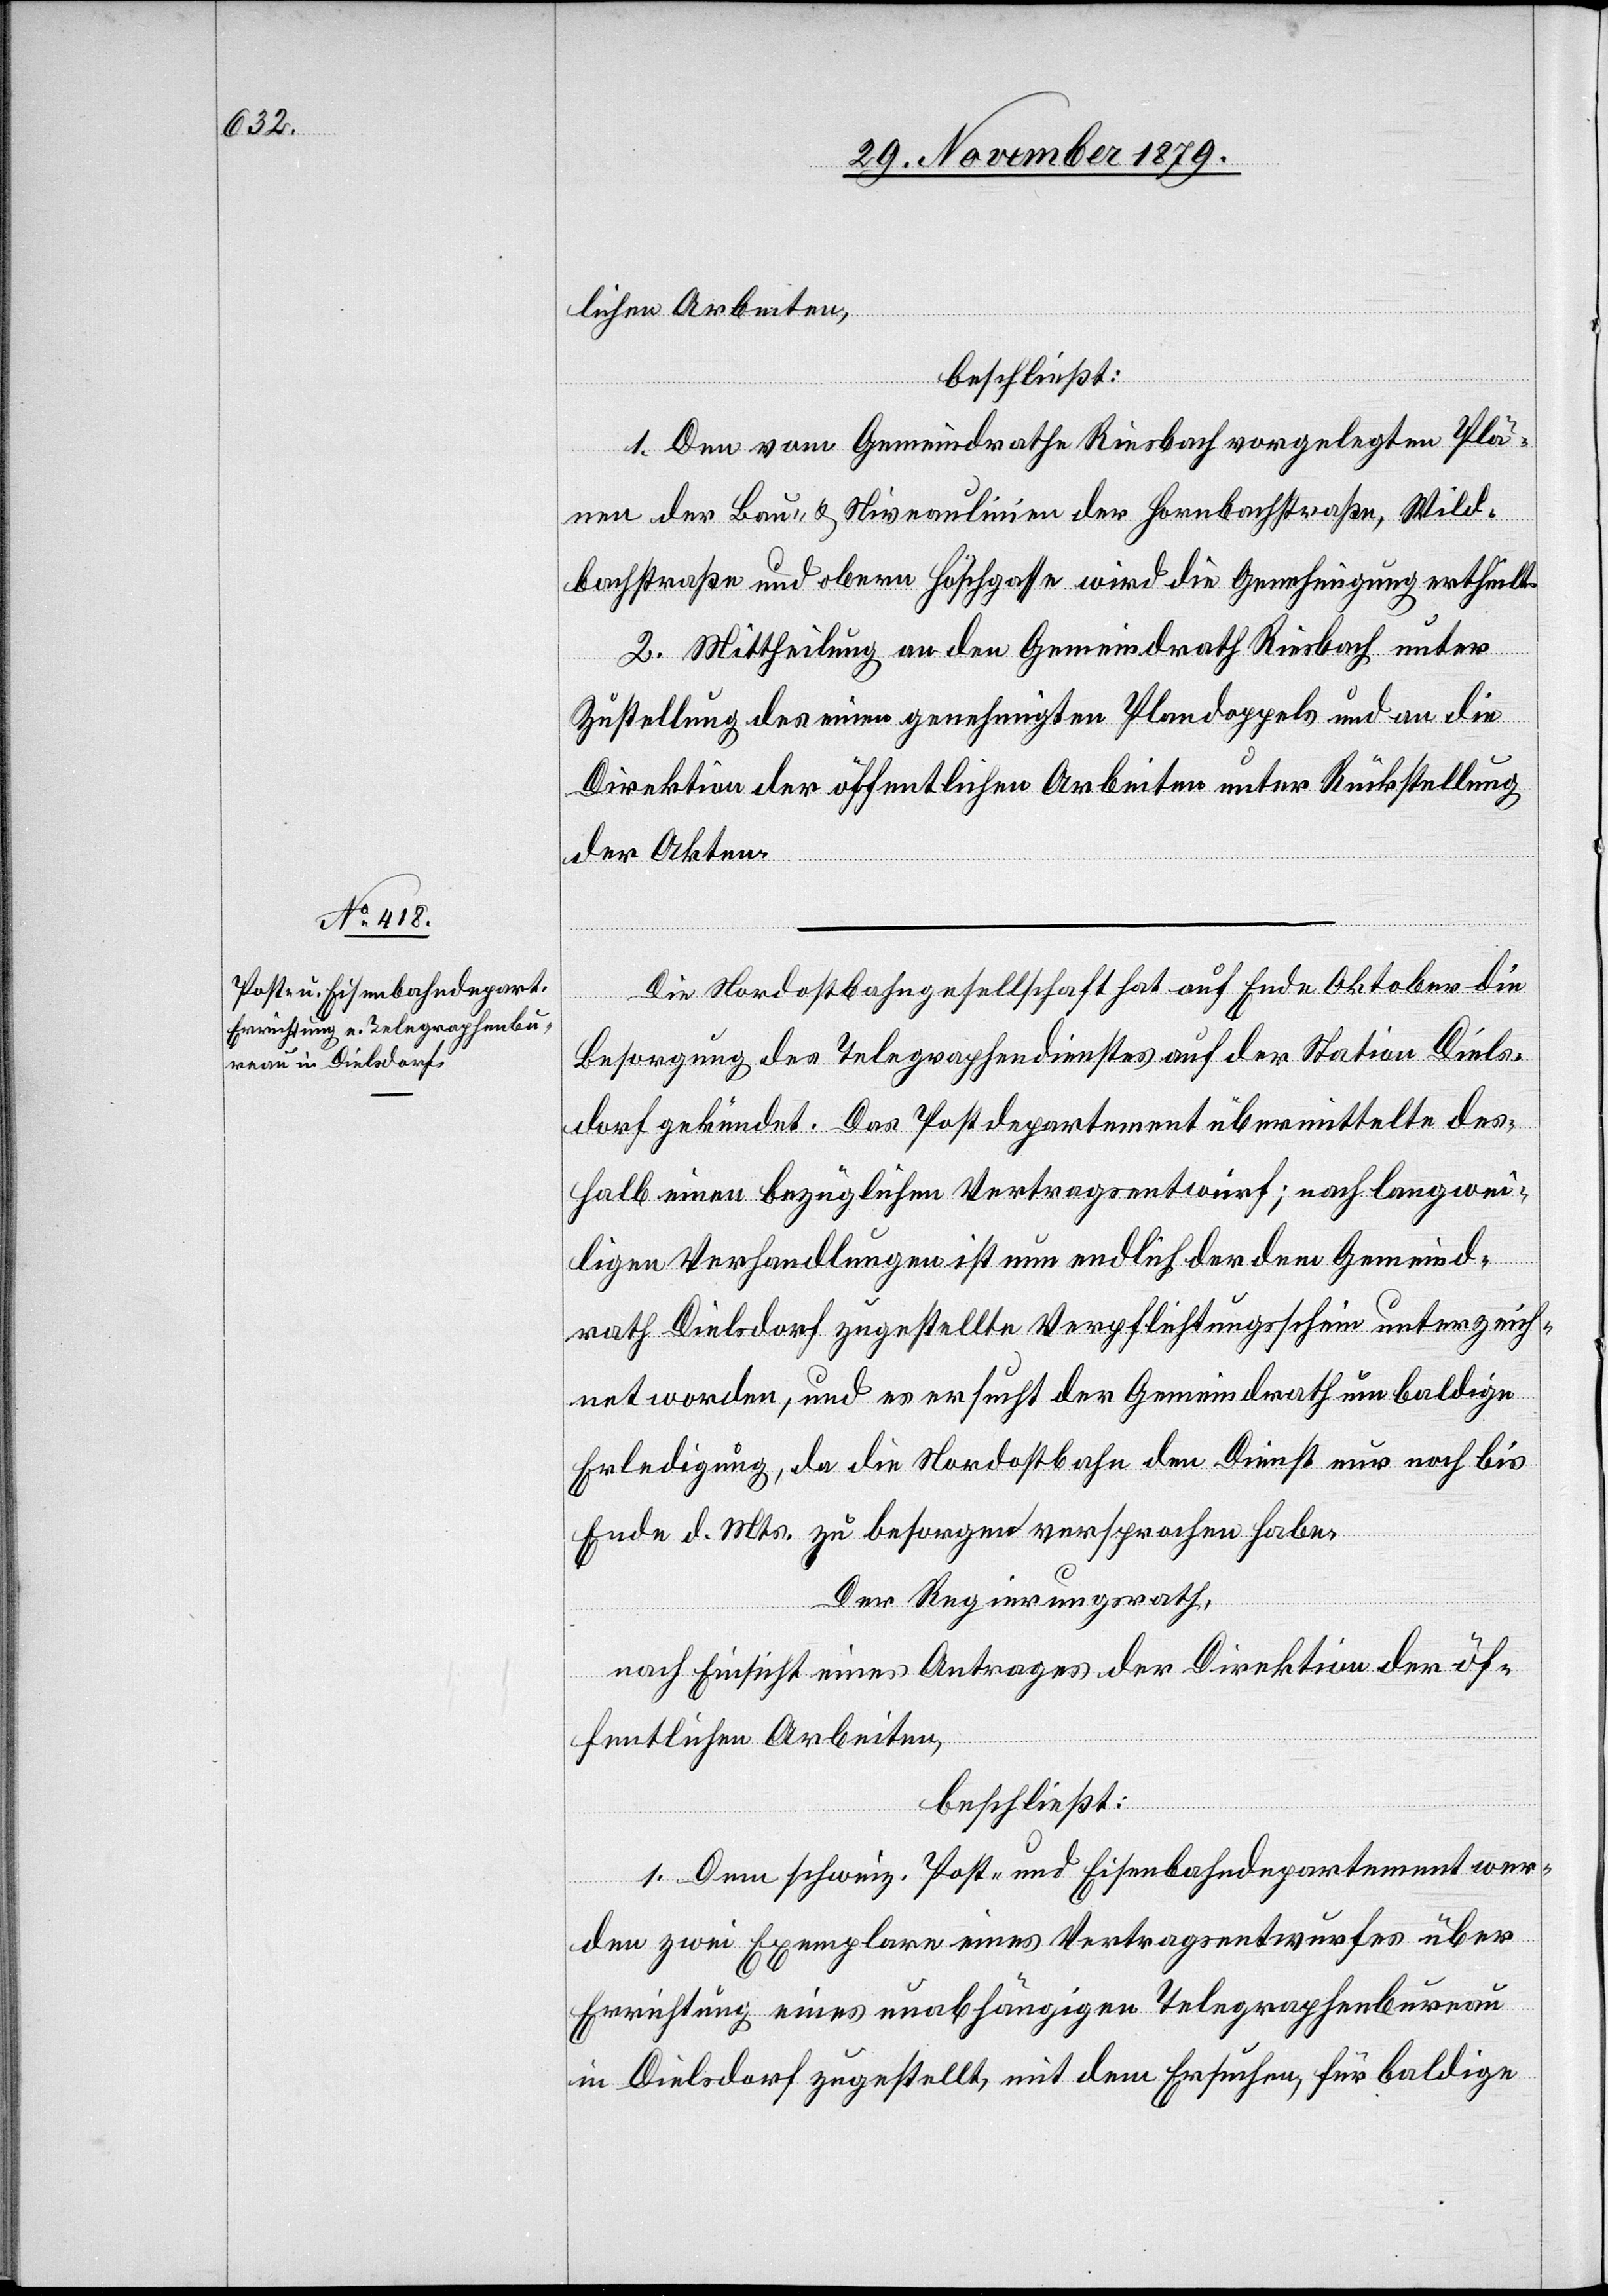
lichen Arbeiten,
beschließt:
1. Den vom Gemeindrathe Riesbach vorgelegten Plä¬
nen der Bau- & Niveaulinien der Hornbachstraße, Wild¬
bachstraße und obern Höschgasse wird die Genehmigung ertheilt.
2. Mittheilung an den Gemeindrath Riesbach unter
Zustellung des einen genehmigten Plandoppels und an die
Direktion der öffentlichen Arbeiten unter Rückstellung
der Akten.
Die Nordostbahngesellschaft hat auf Ende Oktober die
Besorgung des Telegraphendienstes auf der Station Diels¬
dorf gekündet. Das Postdepartement übermittelte des¬
halb einen bezüglichen Vertragsentwurf; nach langwei¬
ligen Verhandlungen ist nun endlich der den Gemeind¬
rath Dielsdorf zugestellte Verpflichtungsschein unterzeich¬
net worden, und es ersucht der Gemeindrath um baldige
Erledigung, da die Nordostbahn den Dienst nur noch bis
Ende d. Mts. zu besorgen versprochen habe.
Der Regierungsrath,
nach Einsicht eines Antrages der Direktion der öf¬
fentlichen Arbeiten,
beschließt:
1. Dem schweiz. Post- und Eisenbahndepartement wer¬
den zwei Exemplare eines Vertragsentwurfes über
Errichtung eines unabhängigen Telegraphenbureau
in Dielsdorf zugestellt, mit dem Ersuchen, für baldige